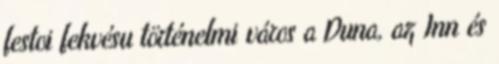
festoi fekvésu történelmi város a Duna, az Inn és